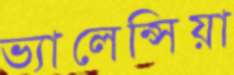
ভ্যালেন্সিয়া